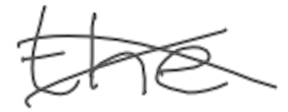
Text: the
Cross-out: cross
Writing tool: digital_gray